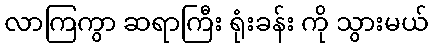
လာကြကွာ ဆရာကြီး ရုံးခန်း ကို သွားမယ်